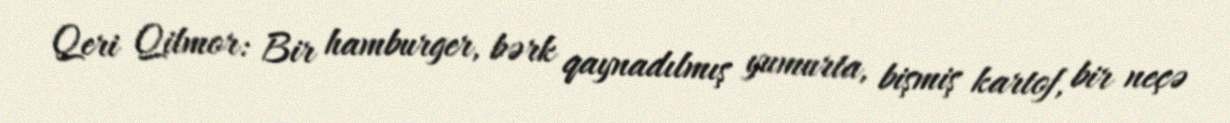
Qeri Qilmor: Bir hamburger, bərk qaynadılmış yumurta, bişmiş kartof, bir neçə